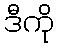
ဒီကို